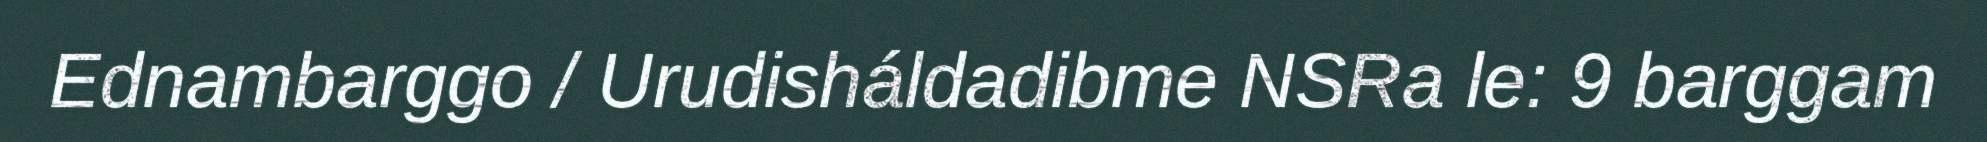
Ednambarggo / Urudisháldadibme NSRa le: 9 barggam